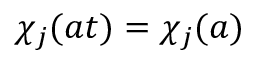
\chi _ { j } ( a t ) = \chi _ { j } ( a )